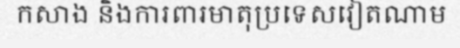
កសាង និងការពារមាតុប្រទេសវៀតណាម